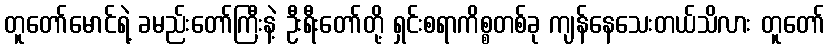
တူတော်မောင်ရဲ့ ခမည်းတော်ကြီးနဲ့ ဦးရီးတော်တို့ ရှင်းစရာကိစ္စတစ်ခု ကျန်နေသေးတယ်သိလား တူတော်